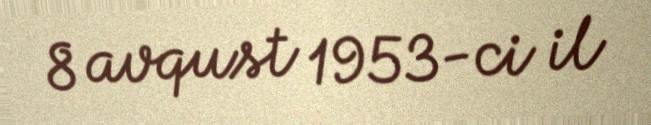
8 avqust 1953-ci il